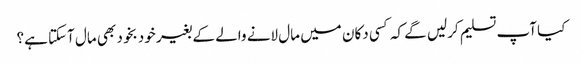
کیا آپ تسلیم کرلیں گے کہ کسی دکان میں مال لانے والے کے بغیر خود بخود بھی مال آسکتا ہے؟